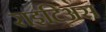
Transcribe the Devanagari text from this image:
राइटिअस